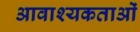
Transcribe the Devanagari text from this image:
आवाश्‍यकताओं